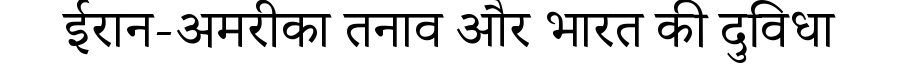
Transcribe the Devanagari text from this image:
ईरान-अमरीका तनाव और भारत की दुविधा